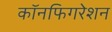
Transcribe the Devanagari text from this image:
कॉनफिगरेशन